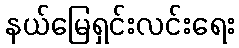
နယ်မြေရှင်းလင်းရေး